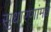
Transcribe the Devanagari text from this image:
सुधारणांमधे